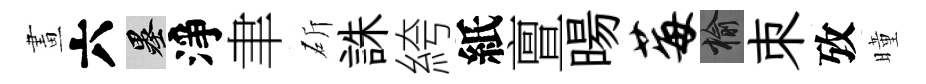
畫六墨淨聿斫誅絝紙亶暘莓榆朿攷曈